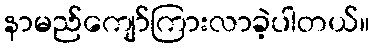
နာမည်ကျော်ကြားလာခဲ့ပါတယ်။